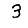
Digit: 3